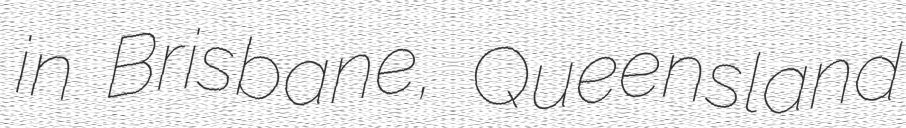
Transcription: in Brisbane, Queensland